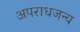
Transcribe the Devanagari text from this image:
अपराधजन्य